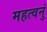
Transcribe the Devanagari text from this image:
महत्वनुं